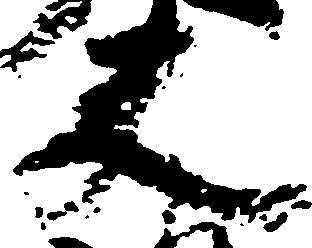
夫